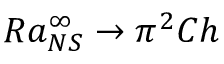
R a _ { N S } ^ { \infty } \rightarrow \pi ^ { 2 } C h